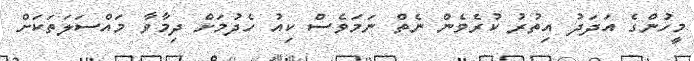
މީހުންގެ އަދަދު އިތުރު ކުރެވެން ނެތް ނަމަވެސް ކިއު ހެދުމަށް ދިމާވާ މައްސަލަތަކަށް